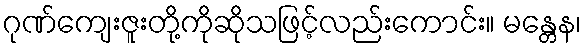
ဂုဏ်ကျေးဇူးတို့ကိုဆိုသဖြင့်လည်းကောင်း။ မန္တေန၊